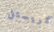
كريستل